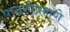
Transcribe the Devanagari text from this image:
पध्दतीप्रमाणे